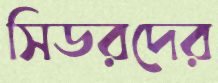
সিডরদের